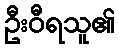
ဦးဝီရသူ၏